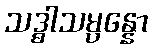
သဒ္ဓါသမ္ပန္နော